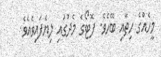
މީހެއްގެ ހިތާއި ބޭހެވެ. ފޮޓޯގެ މެދުގައި ލިޔެފައިވެއެވެ.